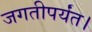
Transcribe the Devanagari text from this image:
जगतीपर्यंत।